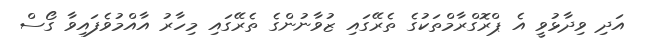
އަދި ވިދާޅުވީ އެ ޕްރޮގްރާމްތަކުގެ ތެރޭގައި ޒުވާނުންގެ ތެރޭގައި މިހާރު އާއްމުވެފައިވާ ގޯސް